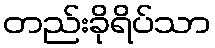
တည်းခိုရိပ်သာ